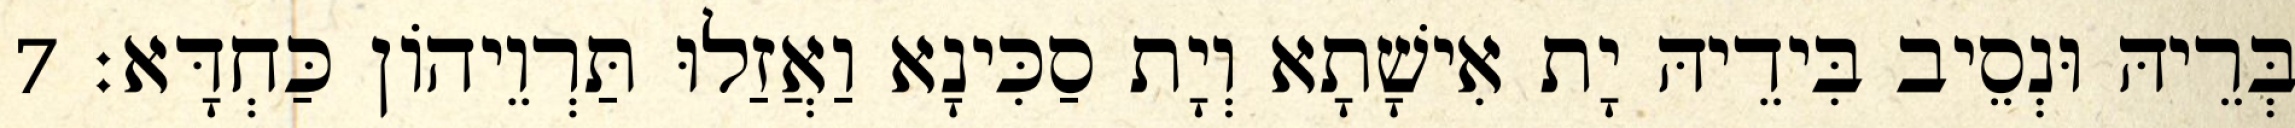
בְּרֵיהּ וּנְסֵיב בִּידֵיהּ יָת אִישָׁתָא וְיָת סַכִּינָא וַאֲזַלוּ תַּרְוֵיהוֹן כַּחְדָּא׃ 7